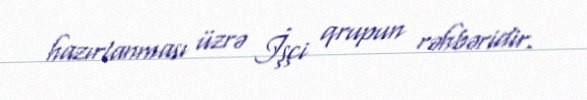
hazırlanması üzrə İşçi qrupun rəhbəridir.